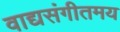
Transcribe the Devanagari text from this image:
वाद्यसंगीतमय